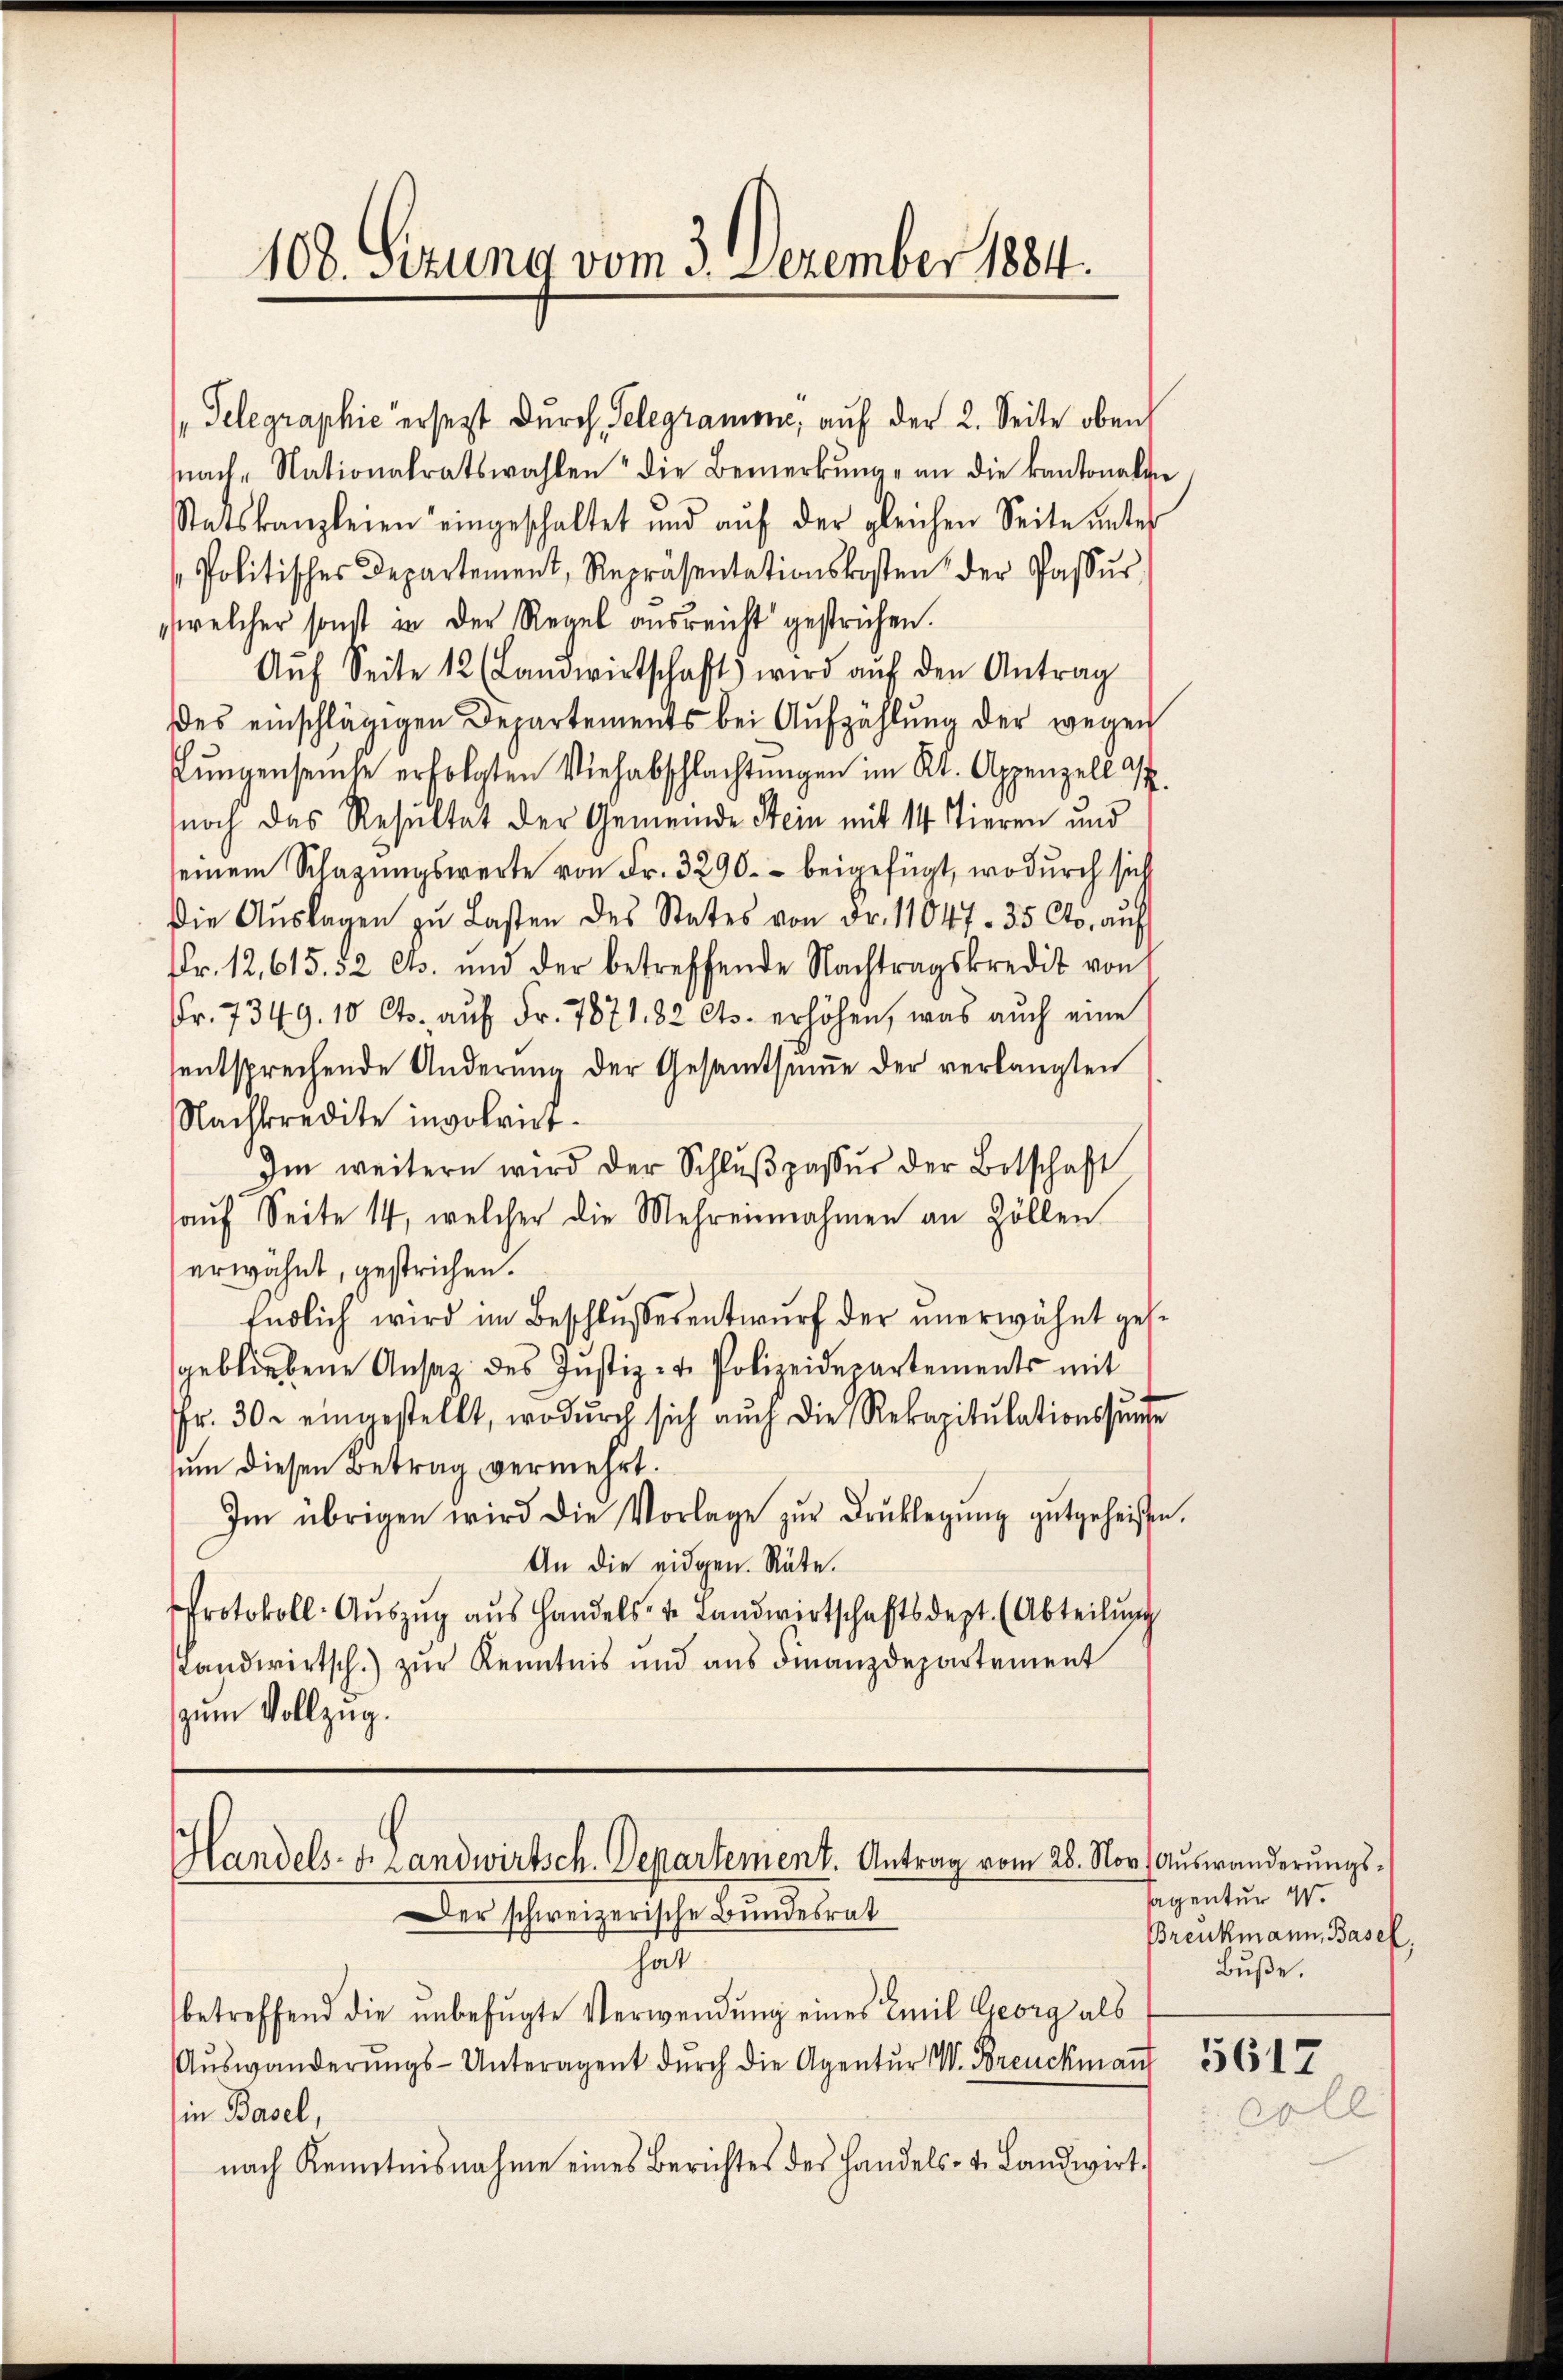
108. Sizung vom 3. Dezember 1884.

snach Nationalratswahlen die Bemerkŭng an die kantonalve
Statskanzleien eingeschaltet und aŭf der gleichen Seite ŭnter
Politisches Departement, Repräsentationskosten der Passŭr-
welcher sonst in der Regel ausreicht gestrichen.
Aŭf Seite 12 (Landwirtschaft wird aŭf den Antrag
des einschlägigen Departements bei Aufzählung der wegen
fŭngenseise erfolgten Viehabschlachtungen im Kt. Appenzell a
noch das Resultat der Gemeinde Stein mit 14 Tieren und
seinem Schazungswerte von Fr. 3290. - beigefügt, wodurch sich
die Aŭslagen zu Lasten des States von Fr. 11047. 35 Cts. auf
Fr. 12,615. 32 Cts. und der betreffende Nachtragskredit von
Fr. 7349. 10 Cts. auf Fr. 7871. 82 Cts. erhöhen, was auch eine
entsprechende Änderŭng der Gesamtsume der verlangten
Nachkredite involrict¬
Im weitern wird der Schlŭβpasŭr der Botschaft
aŭf Seite 14, welcher die Mehreinnahmen an Zöllen
erwähnt, gestrichen.
Endlich wird im Beschlussesentwurf der unerwähnt gesgebliebene Ansag des Justiz- u. Polizeidepartements mit
Fr. 30. eingestellt, wodŭrch sich auch die Rekapitulationssŭnde
sum diesen Betrag vermehrt.
Im übrigen wird die Vorlage zŭr Brŭklegŭng gutgeheißen,
An die eidgen. Räte.
Protokoll-Auszug aus Handels- u. Landwirtschaftsdept. (Abteilung
Landwirtsch.) zŭr Kenntnis und aŭs Finanzdepartement
zum Vollzug.

„Telegraphie ersezt durch Telegramme, auf der 2. Seite oben

Handels- u. Landwirtsch. Departement. Antrag vom 28. Nov. Auswanderungs¬
Der schweizerische Bundesrat

hat.
betreffend die unbefugte Verwendung eines Emil Georg als
Aŭswanderŭngs-Unteragent dŭrch die Agentŭr W. Breuckman
in Basel,
nach Kenntnisnahme eines Berichtes des Handels- u. Landwirt.

sagentur W
Breukmann, Basel,
Buße.

5617

El